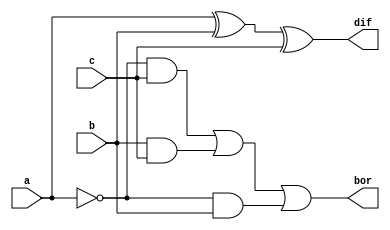
module fsdf(dif,bor,a,b,c);
output dif,bor;
input a,b,c;
assign dif=a^b^c;
assign bor=(~a&c)|(b&c)|(~a&b);
endmodule